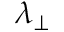
\lambda _ { \perp }